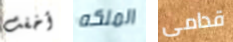
أخفت الملكه قدامى